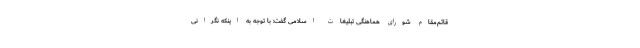
قائم‌مقام شورای هماهنگی تبلیغات اسلامی گفت: با توجه به اینکه نگرانی